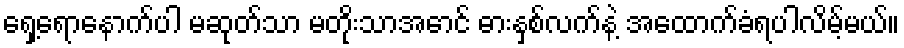
ရှေ့ရောနောက်ပါ မဆုတ်သာ မတိုးသာအောင် ဓားနှစ်လက်နဲ့ အထောက်ခံရပါလိမ့်မယ်။